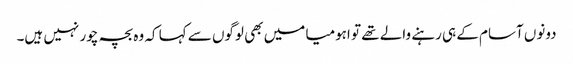
دونوں آسام کے ہی رہنے والے تھے تو اہومیا میں بھی لوگوں سے کہا کہ وہ بچہ چور نہیں ہیں۔